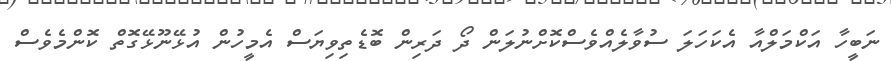
ނަބީހާ އަކްމަލްއާ އެކަހަލަ ސުވާލެއްވެސްކޮށްނުލަން ދޯ ދަރިން ބޮޑެތިވިޔަސް އެމީހުން އުޅޭނޫޅޭގޮތް ކޮންމެވެސް